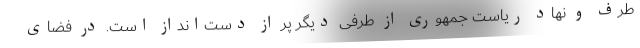
طرف و نهاد ریاست جمهوری از طرفی دیگر پر از دست‌انداز است. در فضای